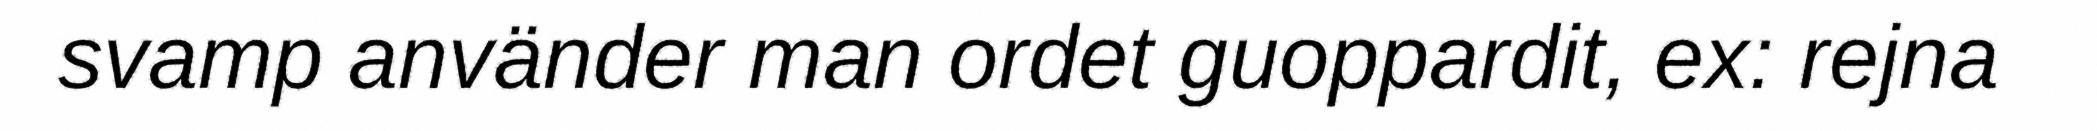
svamp använder man ordet guoppardit, ex: rejna